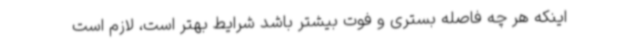
اینکه هر چه فاصله بستری و فوت بیشتر باشد شرایط بهتر است، لازم است